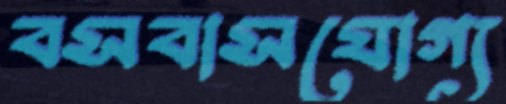
বসবাসযোগ্য